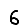
Digit: 6